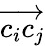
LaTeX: \overrightarrow{c_{i}c_{j}}